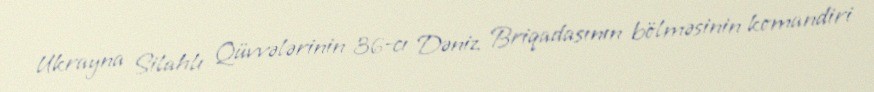
Ukrayna Silahlı Qüvvələrinin 36-cı Dəniz Briqadasının bölməsinin komandiri